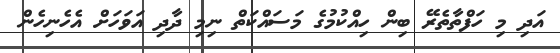
އަދި މި ހަފްތާތެރޭ ބިން ހިއްކުމުގެ މަސައްކަތް ނިމި ދާދި އަވަހަށް އެހެނިހެން